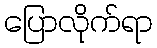
ပြောလိုက်ရာ